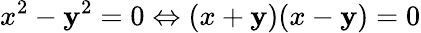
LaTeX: x^{2}-\mathbf{y}^{2}=0\Leftrightarrow(x+\mathbf{y})(x-\mathbf{y})=0